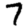
Digit: 7